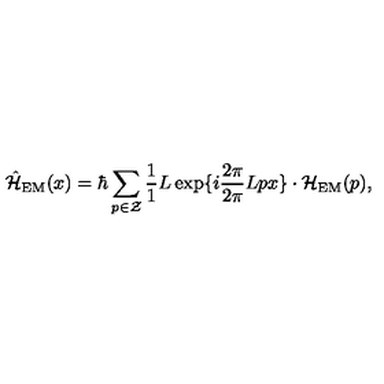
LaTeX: \hat { \cal H } _ { \mathrm { E M } } ( x ) = \hbar \sum _ { p \in \cal Z } \frac { 1 } { 1 } { L } \exp \{ i \frac { 2 \pi } { 2 \pi } { L } p x \} \cdot { \cal H } _ { \mathrm { E M } } ( p ) ,